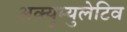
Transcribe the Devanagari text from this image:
अक्युम्युलेटिव